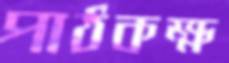
পাঠকক্ষ